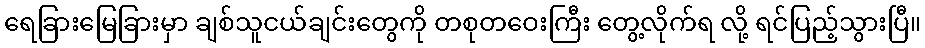
ရေခြားမြေခြားမှာ ချစ်သူငယ်ချင်းတွေကို တစုတဝေးကြီး တွေ့လိုက်ရ လို့ ရင်ပြည့်သွားပြီ။